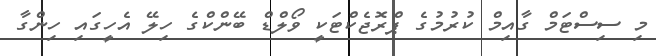
މި ސިސްޓަމް ގާއިމް ކުރުމުގެ ޕްރޮޖެކްޓަކީ ވޯލްޑް ބޭންކްގެ ހިލޭ އެހީގައި ހިންގާ